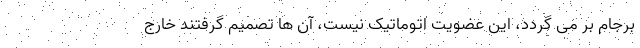
برجام بر می گردد، این عضویت اتوماتیک نیست، آن ها تصمیم گرفتند خارج